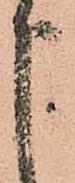
申